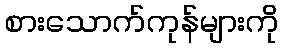
စားသောက်ကုန်များကို